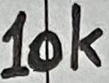
Text: 10K